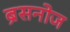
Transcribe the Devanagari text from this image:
ब्रेसनोज